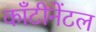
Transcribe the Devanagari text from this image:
काँटीनेंटल